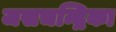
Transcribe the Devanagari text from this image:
जसचन्द्रिका